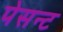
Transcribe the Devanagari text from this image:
पेसन्ट